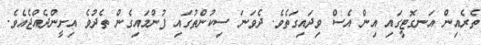
ތެރެއިން އަނގޮޓީގައި އިން އެސް ވިދައިގަތެވެ. ދެވަނަ ސިކުންތުގައި ފުންމައިގެން ތެދުވެ އިށީންދެއްޖެއެވެ.